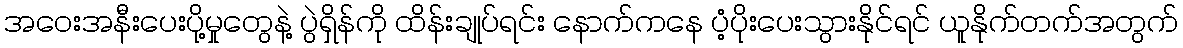
အဝေးအနီးပေးပို့မှုတွေနဲ့ ပွဲရှိန်ကို ထိန်းချုပ်ရင်း နောက်ကနေ ပံ့ပိုးပေးသွားနိုင်ရင် ယူနိုက်တက်အတွက်